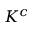
K ^ { c }